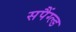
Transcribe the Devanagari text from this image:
सपैंग्ल्ड